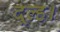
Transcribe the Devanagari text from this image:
दूल्ह।